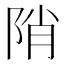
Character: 陗